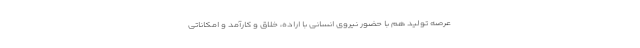
عرصه تولید هم با حضور نیروی انسانی با اراده، خلاق و کارآمد و امکاناتی